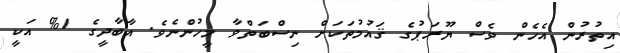
އިތުރުން އެހެން ވެސް ޔޫރަޕުގެ ޤައުމުތަކަށް ނިސްބަތްވާ މީހުންނެވެ. އާބާދީގެ 1% އަކީ